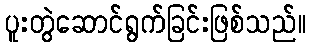
ပူးတွဲဆောင်ရွက်ခြင်းဖြစ်သည်။